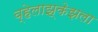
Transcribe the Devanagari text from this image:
व्हेलाझ्केझला